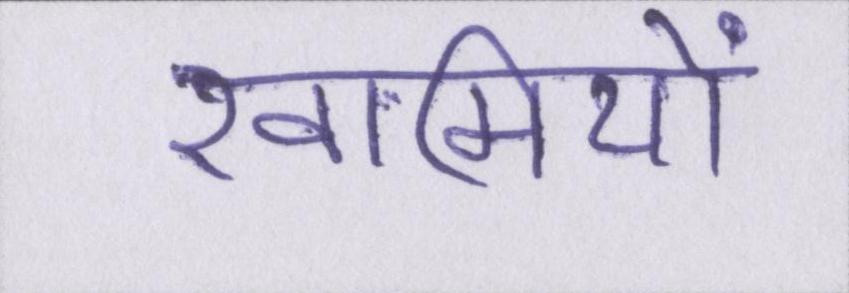
खामियों